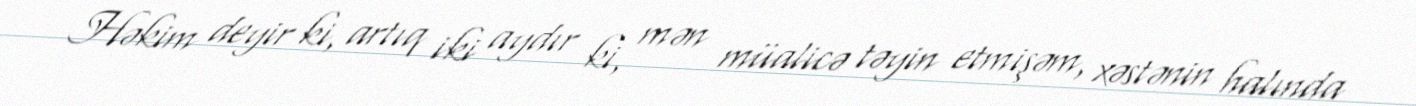
Həkim deyir ki, artıq iki aydır ki, mən müalicə təyin etmişəm, xəstənin halında